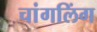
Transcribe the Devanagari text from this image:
चांगलिंग